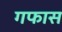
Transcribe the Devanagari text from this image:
गफास